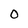
Character: O